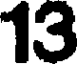
13